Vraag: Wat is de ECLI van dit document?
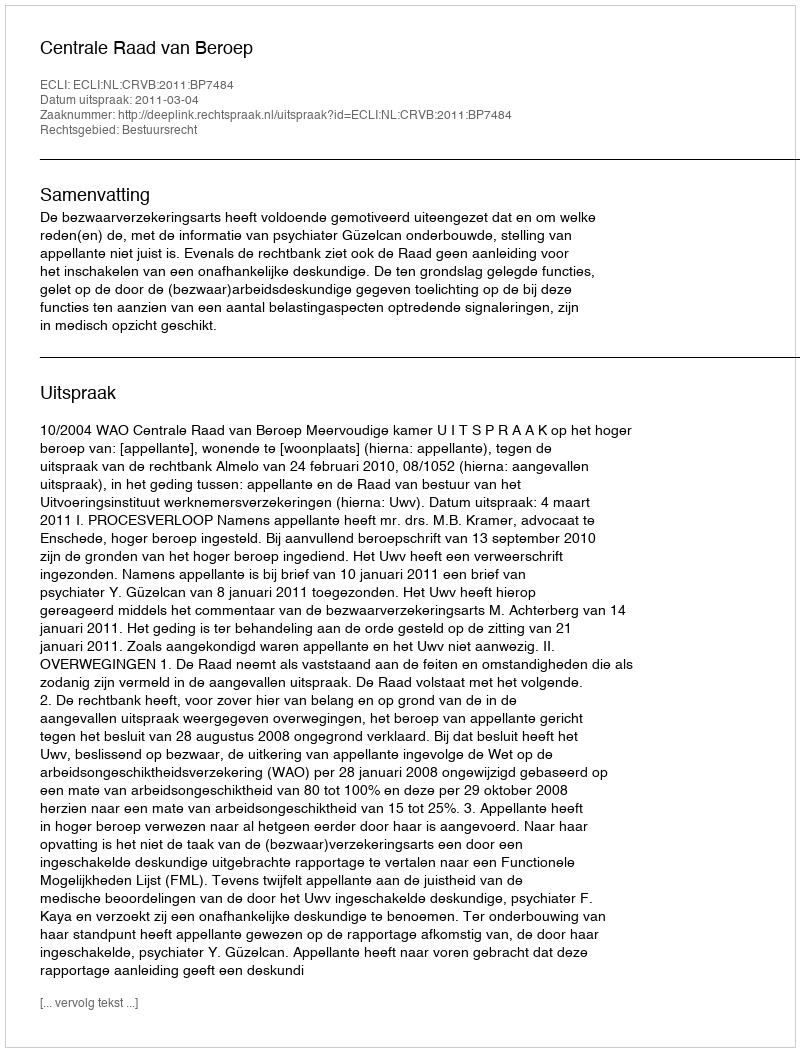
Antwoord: ECLI:NL:CRVB:2011:BP7484